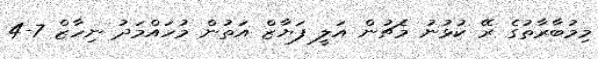
މިމުބާރާތުގެ ރޭ ކުޅުނު މެޗުން އަލީ ފަޔާޒް އަތުން މުހައްމަދު ނިހާޒް 7-4